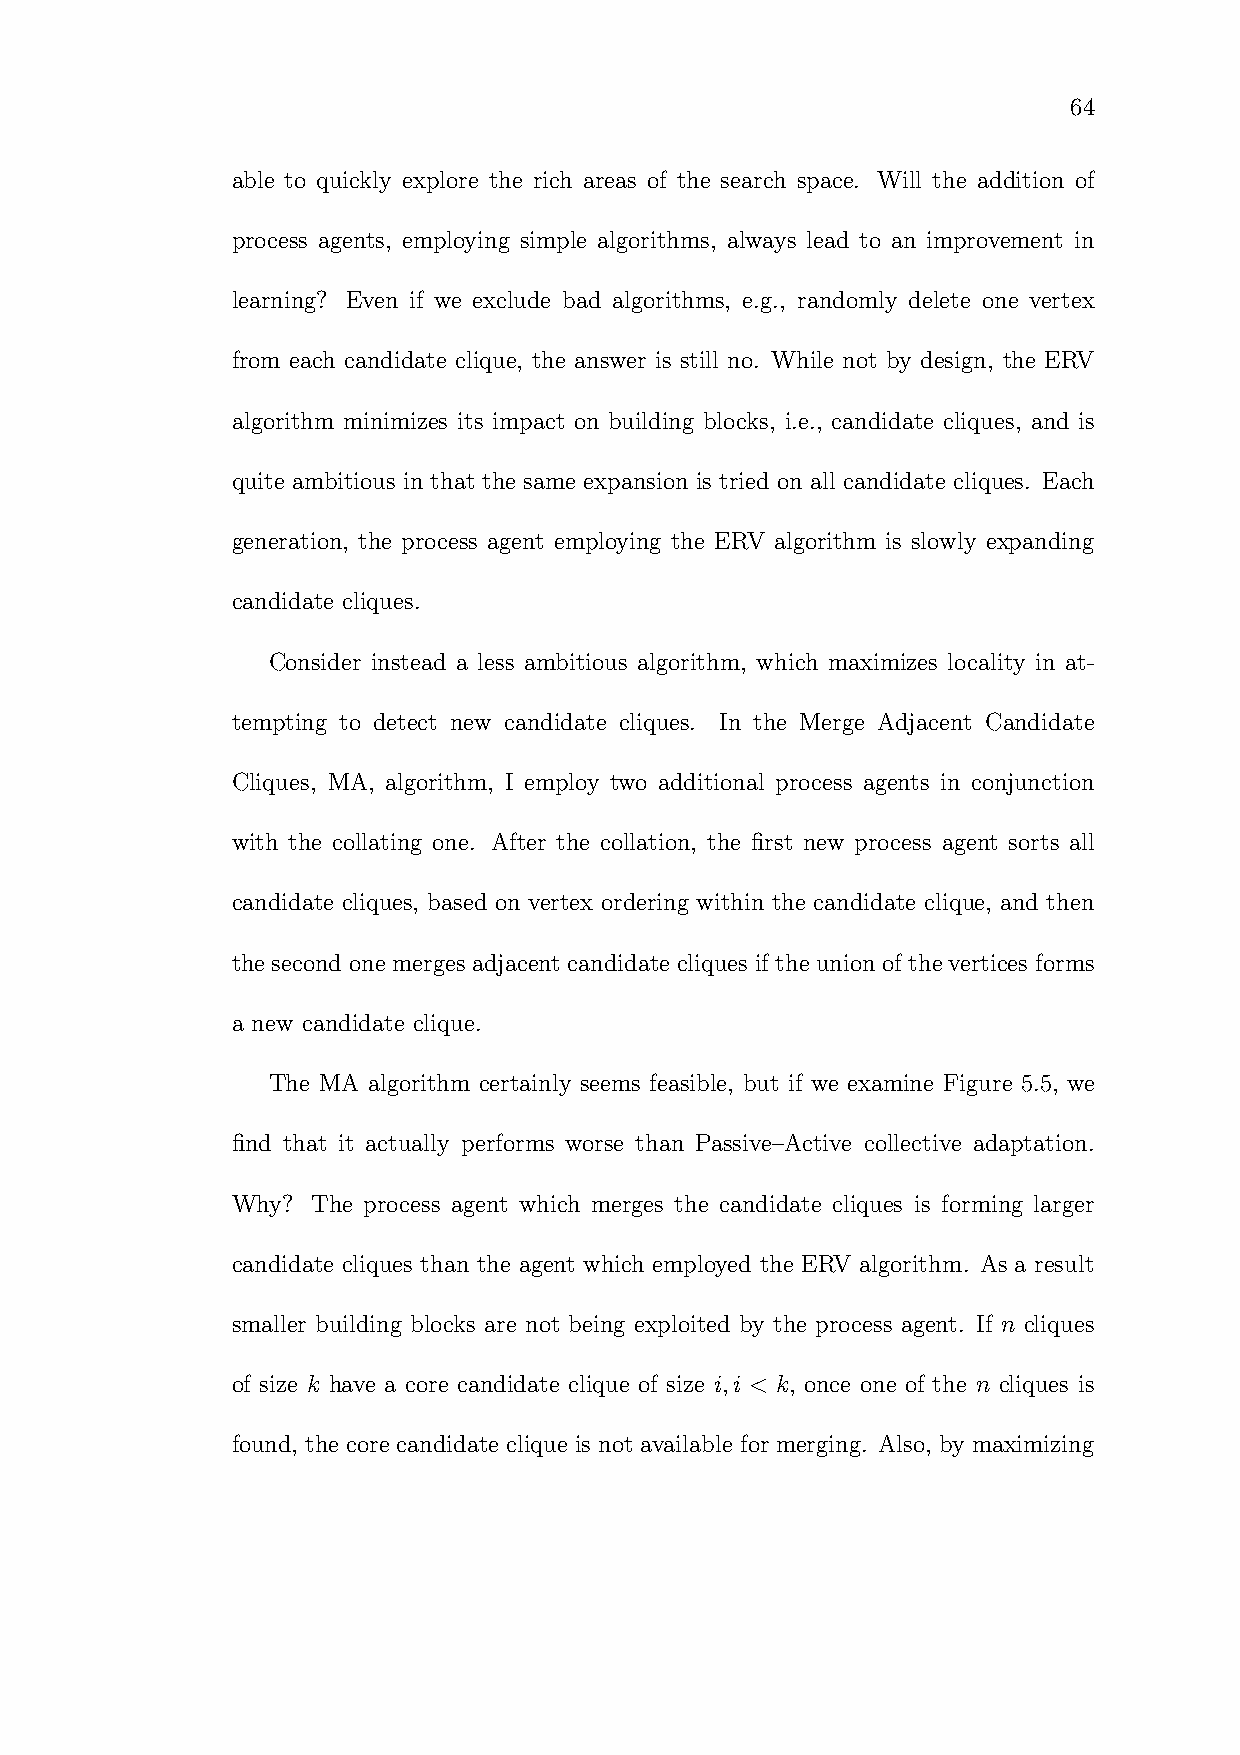
64
 able to quickly explore the rich areas of the search space. Will the addition of
 process agents, employing simple algorithms, always lead to an improvement in
 learning? Even if we exclude bad algorithms, e.g., randomly delete one vertex
 from each candidate clique, the answer is still no. While not by design, the ERV
 algorithm minimizes its impact on building blocks, i.e., candidate cliques, and is
 quite ambitious in that the same expansion is tried on all candidate cliques. Each
 generation, the process agent employing the ERV algorithm is slowly expanding
 candidate cliques.
 Consider instead a less ambitious algorithm, which maximizes locality in at-
 tempting to detect new candidate cliques. In the Merge Adjacent Candidate
 Cliques, MA, algorithm, I employ two additional process agents in conjunction
 with the collating one. After the collation, the first new process agent sorts all
 candidate cliques, based on vertex ordering within the candidate clique, and then
 the second one merges adjacent candidate cliques if the union of the vertices forms
 a new candidate clique.
 The MA algorithm certainly seems feasible, but if we examine Figure 5.5, we
 find that it actually performs worse than Passive–Active collective adaptation.
 Why?  The process agent which merges the candidate cliques is forming larger
 candidate cliques than the agent which employed the ERV algorithm. As a result
 smaller building blocks are not being exploited by the process agent. If n cliques
 of size k have a core candidate clique of size i,i < k, once one of the n cliques is
 found, the core candidate clique is not available for merging. Also, by maximizing